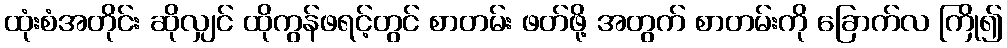
ထုံးစံအတိုင်း ဆိုလျှင် ထိုကွန်ဖရင့်တွင် စာတမ်း ဖတ်ဖို့ အတွက် စာတမ်းကို ခြောက်လ ကြို၍